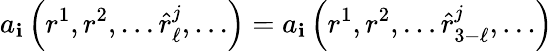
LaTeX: a_{\mathbf{i}}\left(r^{1},r^{2},\dots\hat{{r}}_{\ell}^{j},\dots\right)=a_{\mathbf{i}}\left(r^{1},r^{2},\dots\hat{{r}}_{3-\ell}^{j},\dots\right)